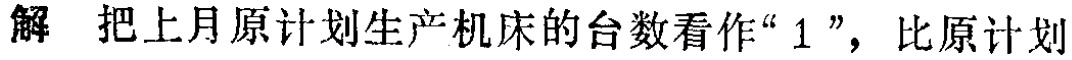
解 把上月原计划生产机床的台数看作“$1$”，比原计划